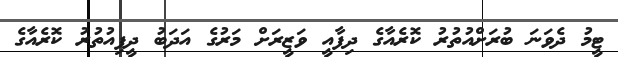
ޓީމު ދެވަނަ ބުރަށްއުތުރު ކޮރެއާގެ ދިފާއީ ވަޒީރަށް މަރުގެ އަދަބު ދީފިއުތުރު ކޮރެއާގެ